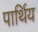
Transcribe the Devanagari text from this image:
पार्थिय